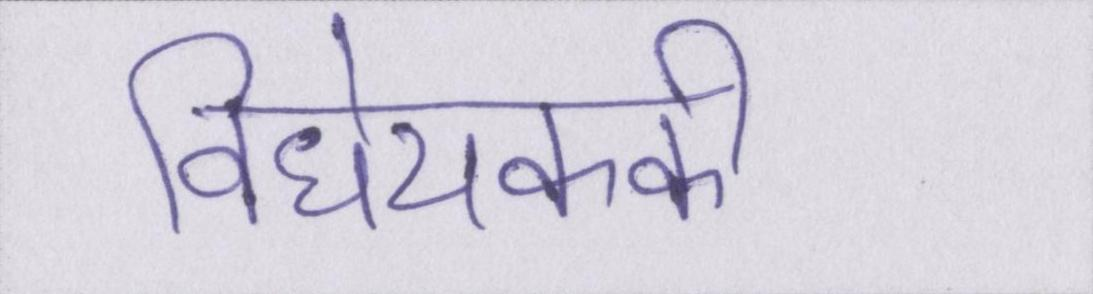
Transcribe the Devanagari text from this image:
विधेयककी